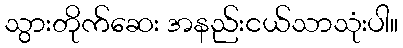
သွားတိုက်ဆေး အနည်းငယ်သာသုံးပါ။